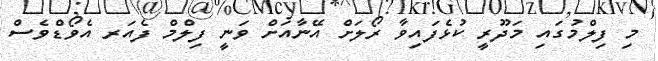
މި ފިލްމުގައި މަދޫރީ ކުޅެފައިވާ ރޯލަށް އޭނާއަށް ވަނީ ފިލްމް ފެއަރ އެވޯޑްވެސް